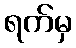
ရက်မှ